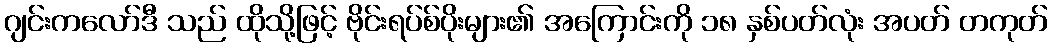
ဂျင်းကလော်ဒီ သည် ထိုသို့ဖြင့် ဗိုင်းရပ်စ်ပိုးများ၏ အကြောင်းကို ၁၈ နှစ်ပတ်လုံး အပတ် တကုတ်